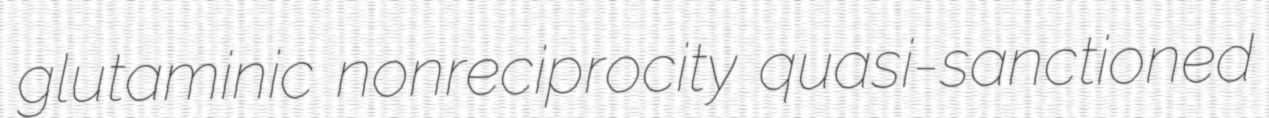
glutaminic nonreciprocity quasi-sanctioned